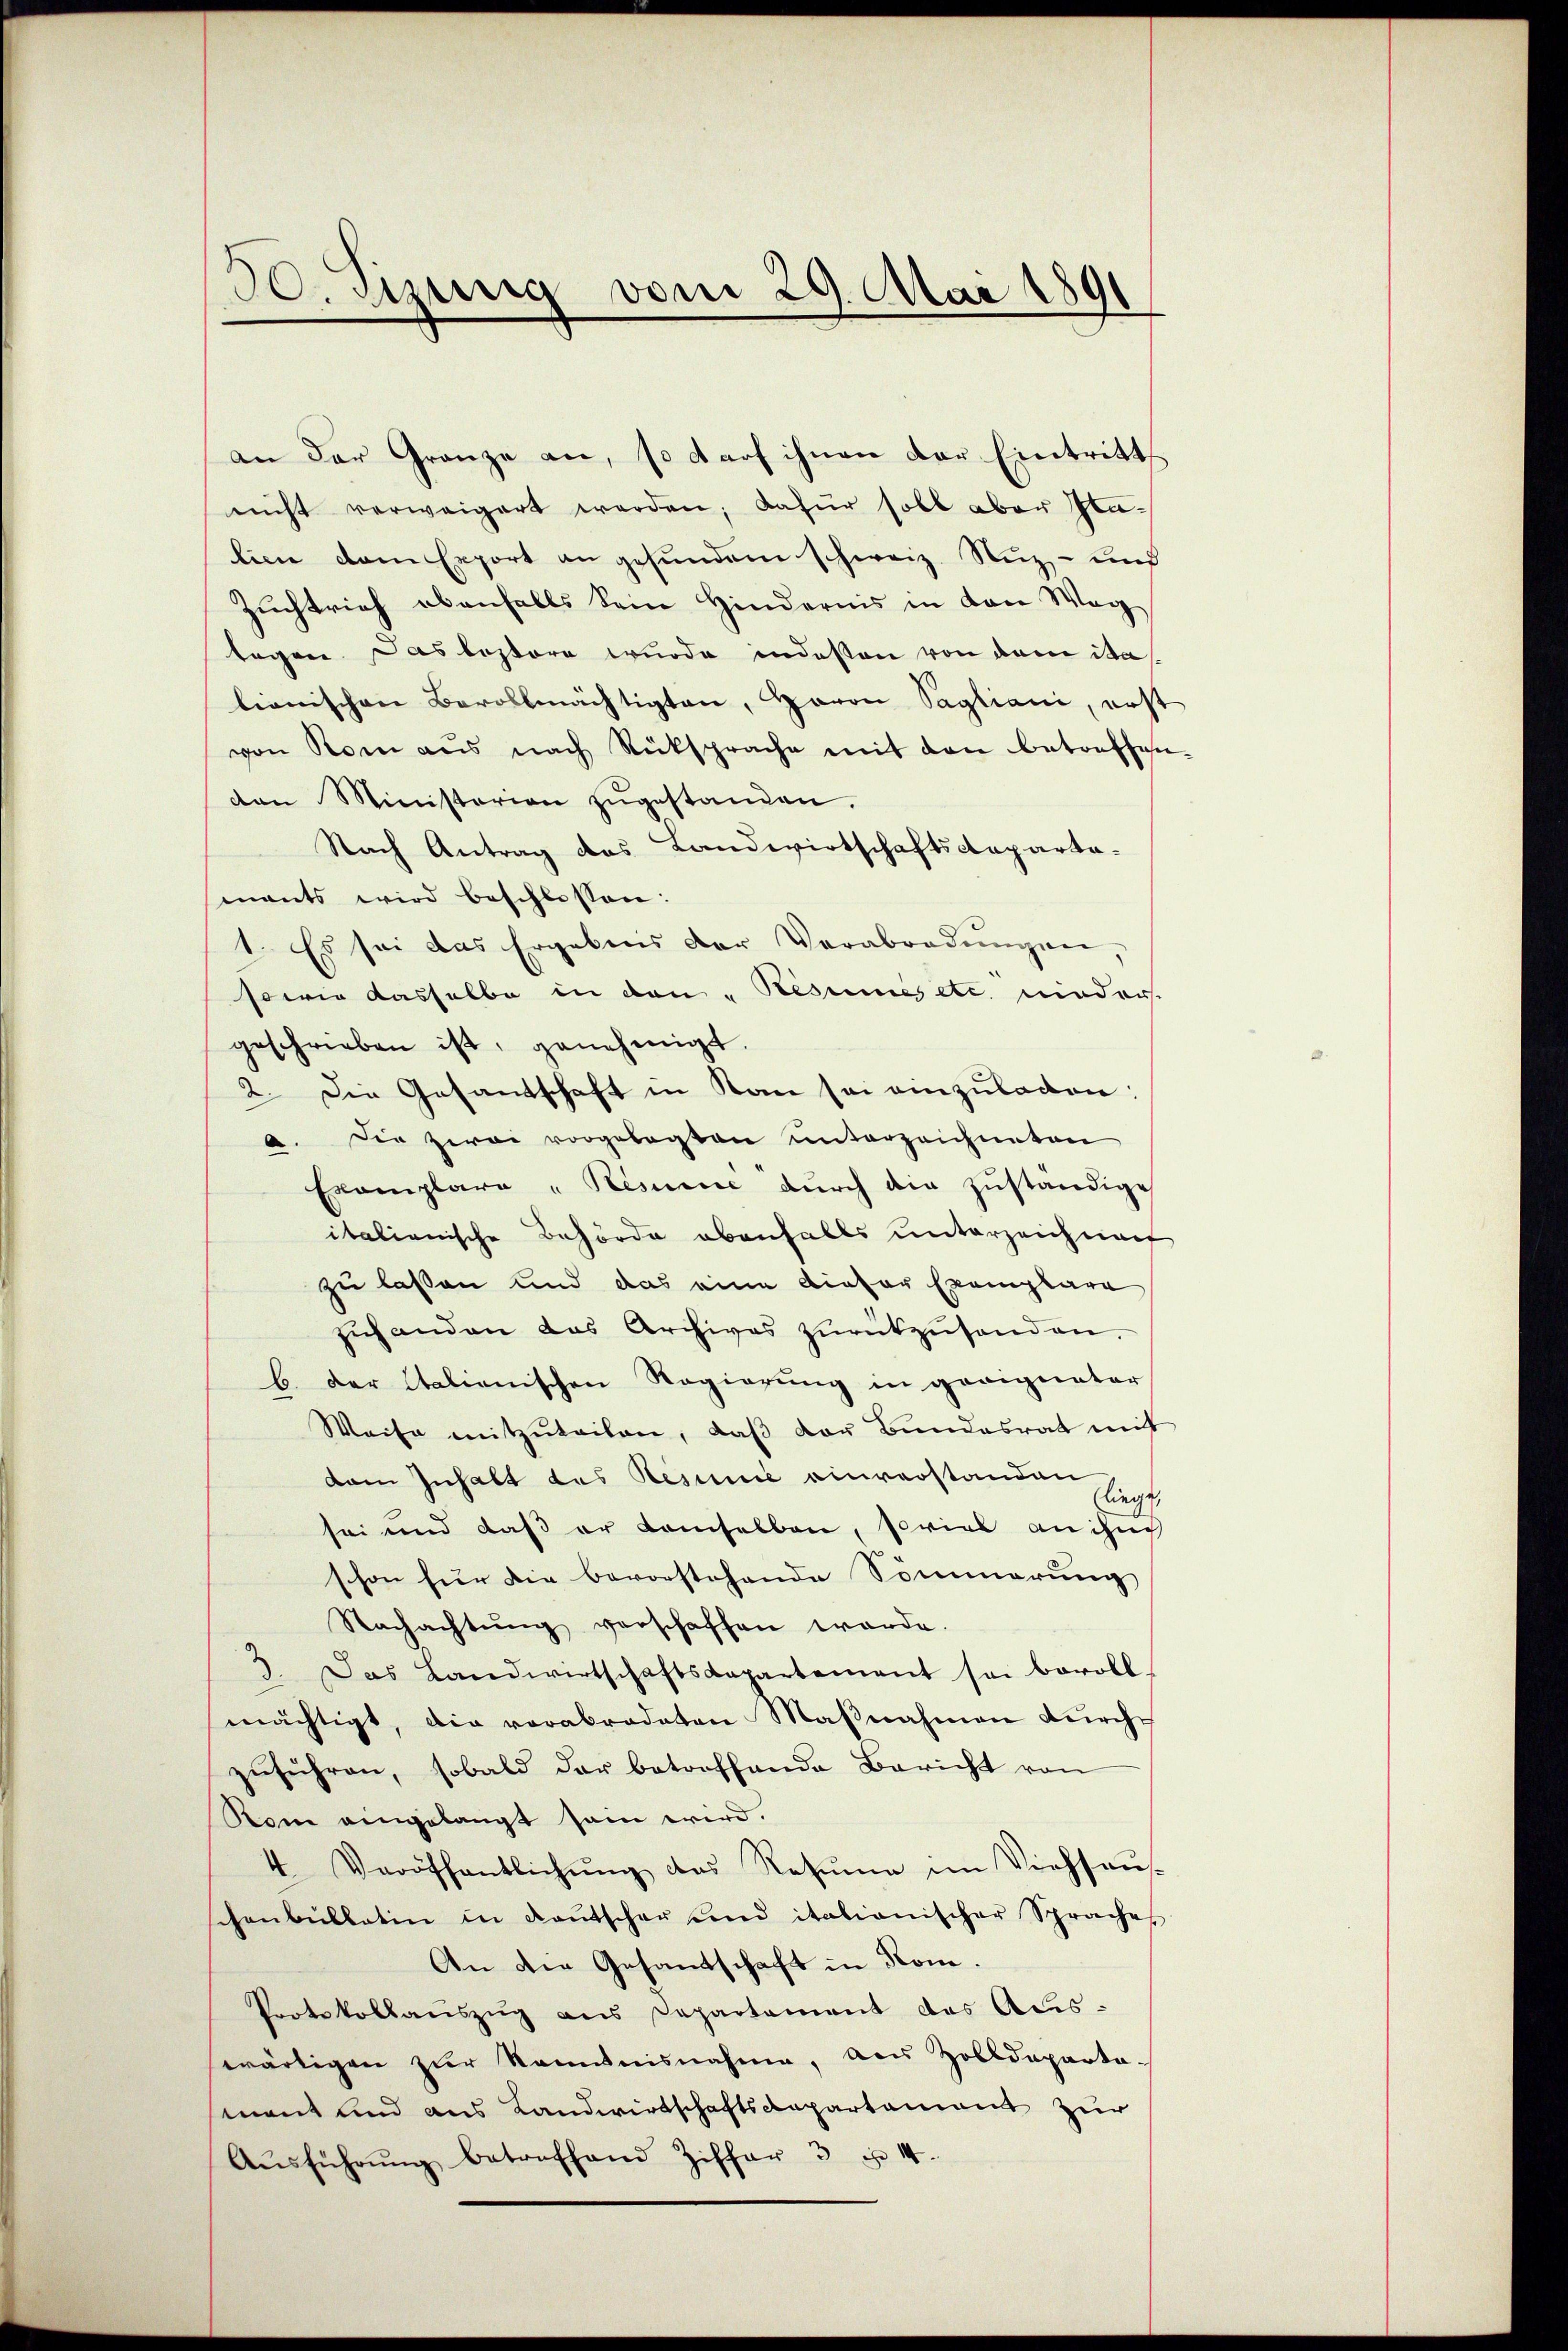
30. Sizung vom 29. Mai 1891

an der Granze an, so darf ihnen der Eintritt
nicht verweigert werden; dafür soll aber Stalice dem Export an gefunden schweiz. Nuz- und
Zuchtrich ebenfalls sein Hindernis in den Wag
tagen. Das leztere wurde indeßen von dem das
lionischen Bevollmächtigten, Haron Sagliani, erst
von Rom aus nach Rüksprache mit den betreffen
den Ministerien zŭgestanden.
Nach Antrag das Landwirtschaftscoparta-
mnants wird beschlossen:
1. Es sei das Ergebnis der Verabradŭngen,
sowie dasselbe in den Resumes etc. nieder
geschrieben ist, genehmigt.
2. Die Gesandschaft in Kan sei einzuladen:
a. Die zwei vorgelegten unterzeichneten
Exemplare "Risume durch die zuständige
italienische Behörde ebenfalls unterzeichnen
zu lassen und das eine dieser Exemplare
zŭhanden das Archives zŭrückzŭsenden.
b. Der Italienischen Regierung in geeigneter
Weise mitzŭteilen, daβ der Bundesrat mit
dam Inhalt das Resume einverstanden sich
sei und daß er kamselben, soviel an ihn
schon für die bevorstehende Sommerung
Nachachtŭng verschaffen werde.
3. Das Landwirtschaftskapartement sei bevoll-
mächtigt, die verabredeten Maβnahmen dŭrch-
zŭführen, sobald der betreffende Bericht von
Rom eingelangt sein wird.
4 Veröffentlichŭng das Resŭme im Viehsaŭ-
henbŭllatin in Kantscher und italianischer Spraches
An die Gesantschaft in Kone.
Protokollaŭszŭg ans Departement des Aus-
wärtigen zur Kenntnisnahme, aus Zolldeparta-
mant und aus Landwirtschaftsdepartament zur
Aŭsführŭng betreffend Ziffer 3 u. 44.